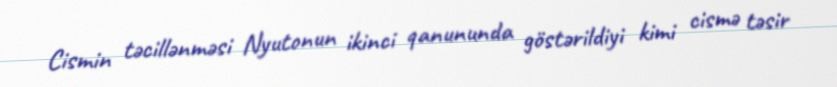
Cismin təcillənməsi Nyutonun ikinci qanununda göstərildiyi kimi cismə təsir